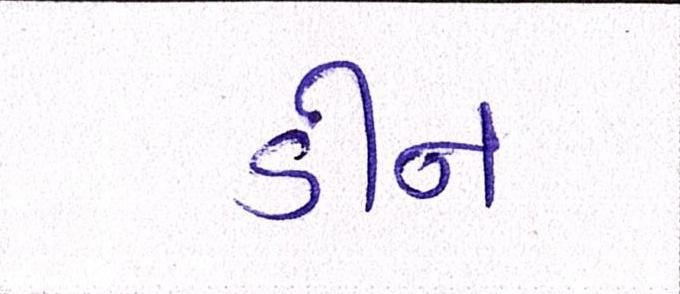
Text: ડીન